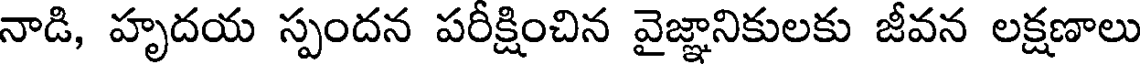
నాడి, హృదయ స్పందన పరీక్షించిన వైజ్ఞానికులకు జీవన లక్షణాలు